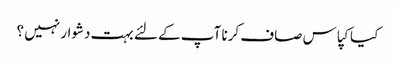
کیا کپاس صاف کرنا آپ کے لئے بہت دشوار نہیں ؟